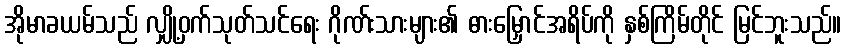
အိုမာခယမ်သည် လျှို့ဝှက်သုတ်သင်ရေး ဂိုဏ်းသားများ၏ ဓားမြှောင်အရိပ်ကို နှစ်ကြိမ်တိုင် မြင်ဘူးသည်။